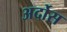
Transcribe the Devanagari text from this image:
अर्दोस